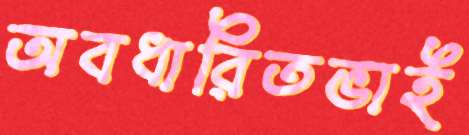
অবধারিতভাই